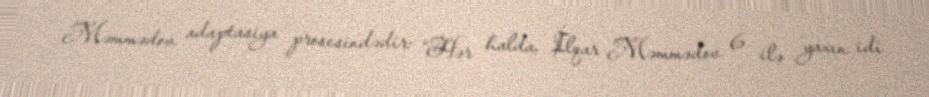
Məmmədov adaptasiya prosesindədir: “Hər halda, İlqar Məmmədov 6 ilə yaxın idi